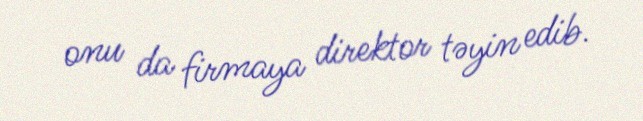
onu da firmaya direktor təyin edib.